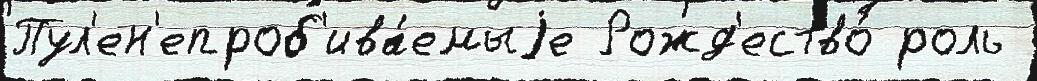
Пул'ен'епроб'ива́емыjе Рожд'ество́ роль